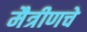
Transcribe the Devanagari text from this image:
मैत्रीणचे